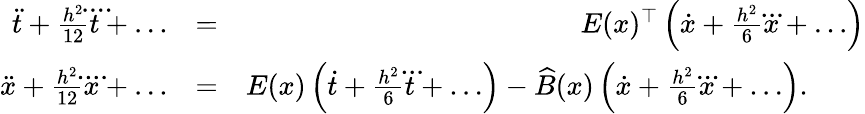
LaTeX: \begin{array}{rlr}{\ddot{t}+\frac{h^{2}}{12}\ddddot t+\ldots}&{=}&{E(x)^{\top}\, \Bigl(\dot{x}+\frac{h^{2}}6\dddot x+\ldots\Bigr)}\\ {\ddot{x}+\frac{h^{2}}{12}\ddddot x+\ldots}&{=}&{E(x)\, \Bigl(\dot{t}+\frac{h^{2}}6\dddot t+\ldots\Bigr)-\widehat B(x)\, \Bigl(\dot{x}+\frac{h^{2}}6\dddot x+\ldots\Bigr).\qquad}\end{array}